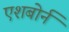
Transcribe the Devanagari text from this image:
एशबोर्न